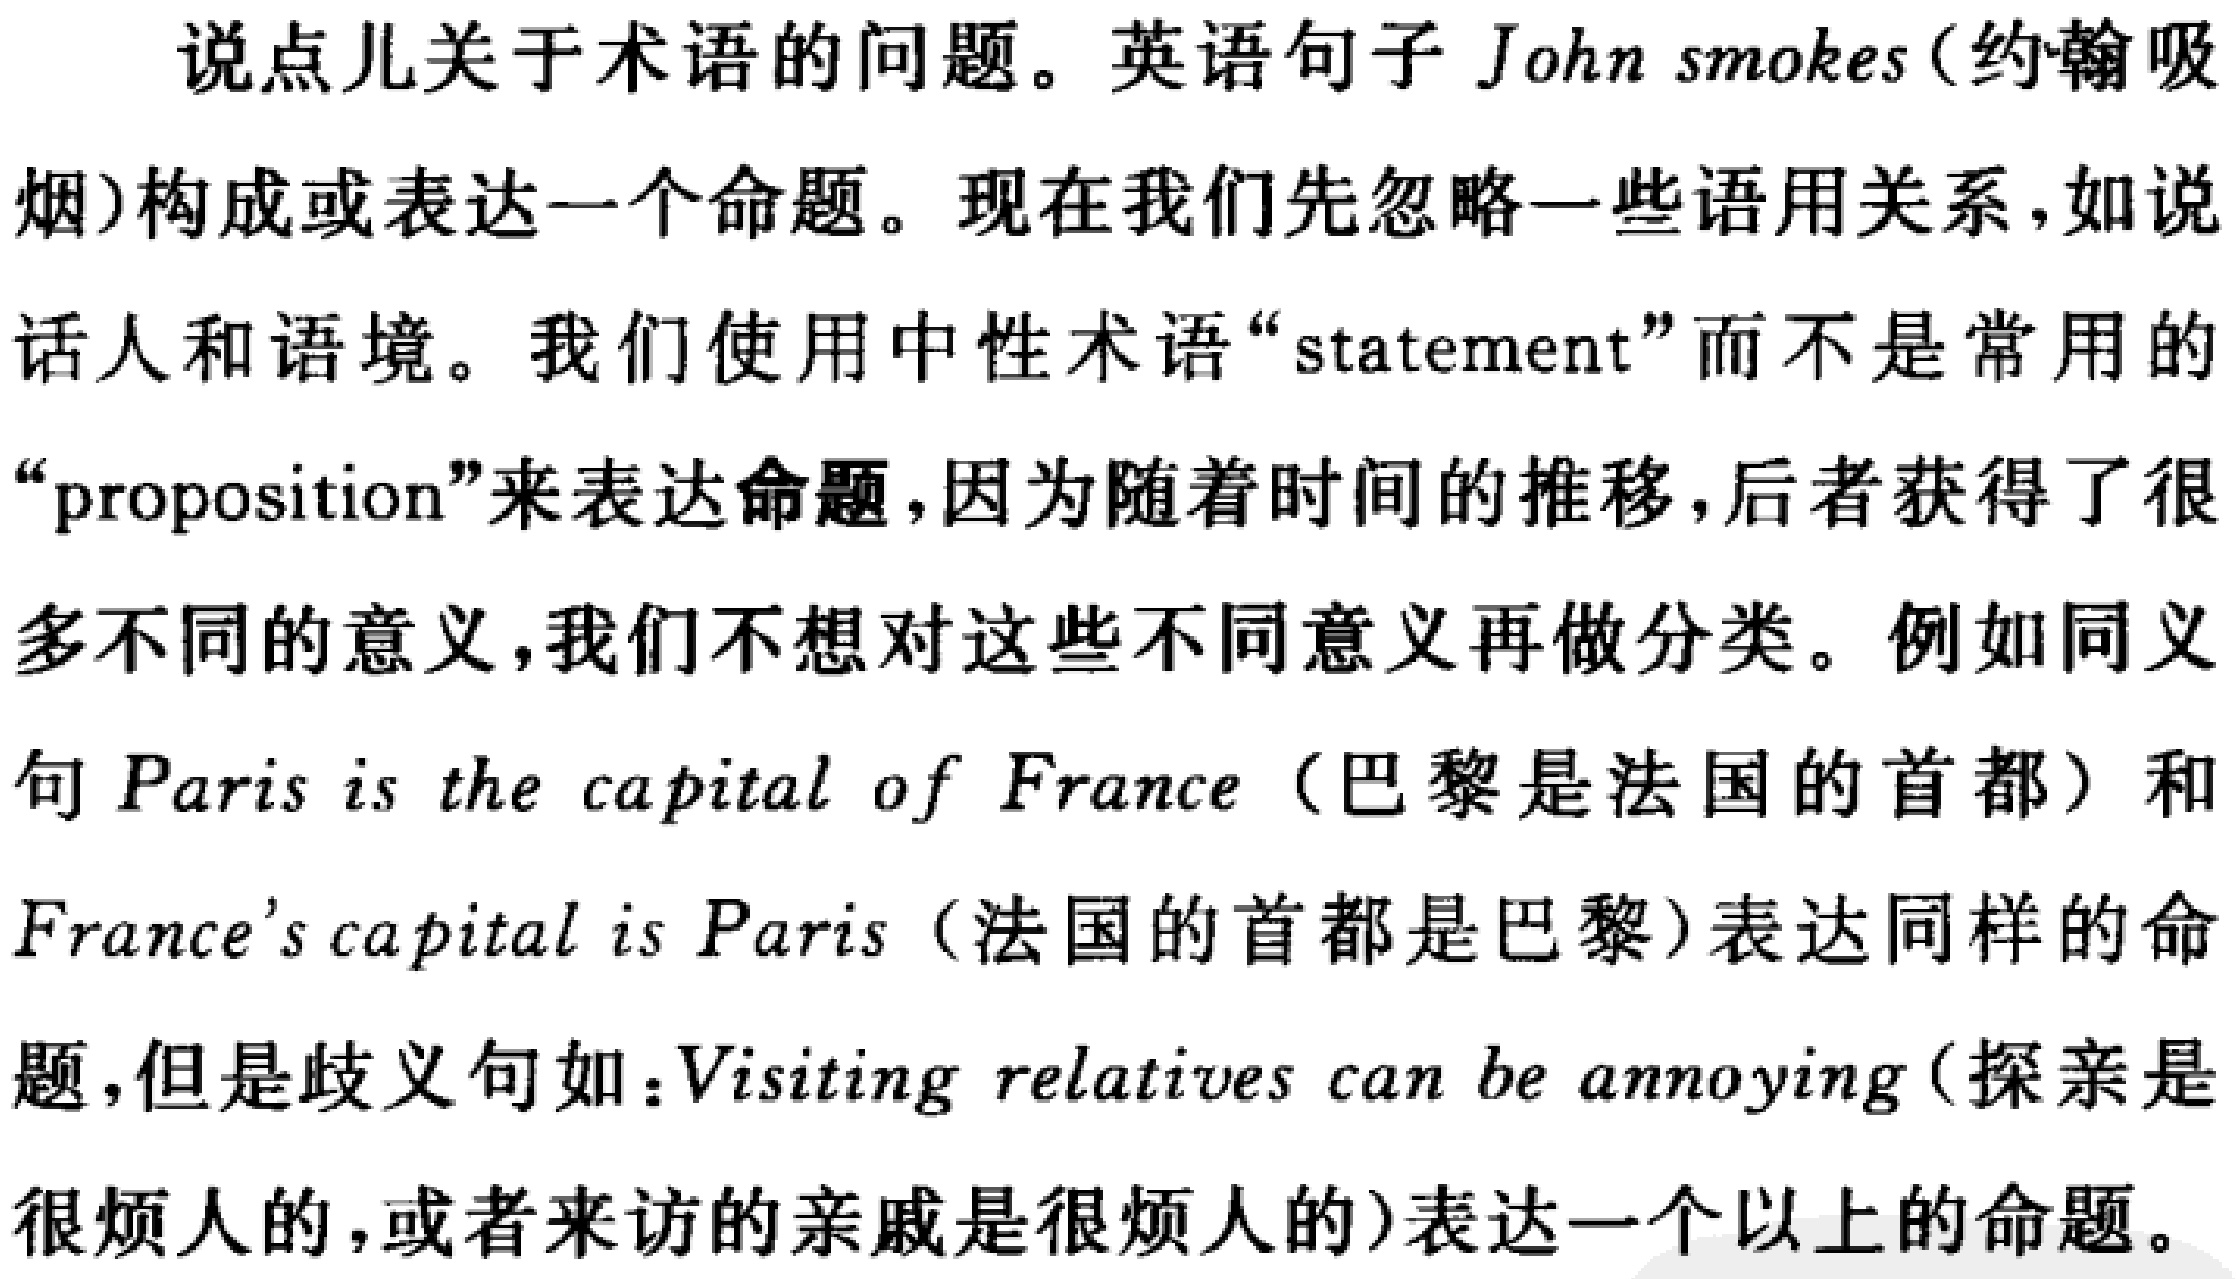
说点儿关于术语的问题。英语句子John smokes(约翰吸烟)构成或表达一个命题。现在我们先忽略一些语用关系，如说话人和语境。我们使用中性术语“statement”而不是常用的“proposition”来表达命题，因为随着时间的推移，后者获得了很多不同的意义，我们不想对这些不同意义再做分类。例如同义句Paris is the capital of France（巴黎是法国的首都）和France’s capital is Paris（法国的首都是巴黎）表达同样的命题，但是歧义句如：Visiting relatives can be annoying(探亲是很烦人的，或者来访的亲戚是很烦人的)表达一个以上的命题。